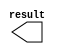
// megafunction wizard: %LPM_CONSTANT%VBB%
// GENERATION: STANDARD
// VERSION: WM1.0
// MODULE: LPM_CONSTANT 

// ============================================================
// Megafunction Name(s):
// 			LPM_CONSTANT
//
// Simulation Library Files(s):
// 			lpm
// ============================================================
// ************************************************************
// THIS IS A WIZARD-GENERATED FILE. DO NOT EDIT THIS FILE!
//
// 17.0.0 Build 595 04/25/2017 SJ Standard Edition
// ************************************************************

//Copyright (C) 2017  Intel Corporation. All rights reserved.
//Your use of Intel Corporation's design tools, logic functions 
//and other software and tools, and its AMPP partner logic 
//functions, and any output files from any of the foregoing 
//(including device programming or simulation files), and any 
//associated documentation or information are expressly subject 
//to the terms and conditions of the Intel Program License 
//Subscription Agreement, the Intel Quartus Prime License Agreement,
//the Intel MegaCore Function License Agreement, or other 
//applicable license agreement, including, without limitation, 
//that your use is for the sole purpose of programming logic 
//devices manufactured by Intel and sold by Intel or its 
//authorized distributors.  Please refer to the applicable 
//agreement for further details.

module Brick_top_leftX (
	result);

	output	[10:0]  result;

endmodule

// ============================================================
// CNX file retrieval info
// ============================================================
// Retrieval info: PRIVATE: INTENDED_DEVICE_FAMILY STRING "Cyclone V"
// Retrieval info: PRIVATE: JTAG_ENABLED NUMERIC "1"
// Retrieval info: PRIVATE: JTAG_ID STRING "BrLY"
// Retrieval info: PRIVATE: Radix NUMERIC "10"
// Retrieval info: PRIVATE: SYNTH_WRAPPER_GEN_POSTFIX STRING "0"
// Retrieval info: PRIVATE: Value NUMERIC "100"
// Retrieval info: PRIVATE: nBit NUMERIC "11"
// Retrieval info: PRIVATE: new_diagram STRING "1"
// Retrieval info: LIBRARY: lpm lpm.lpm_components.all
// Retrieval info: CONSTANT: LPM_CVALUE NUMERIC "100"
// Retrieval info: CONSTANT: LPM_HINT STRING "ENABLE_RUNTIME_MOD=YES, INSTANCE_NAME=BrLY"
// Retrieval info: CONSTANT: LPM_TYPE STRING "LPM_CONSTANT"
// Retrieval info: CONSTANT: LPM_WIDTH NUMERIC "11"
// Retrieval info: USED_PORT: result 0 0 11 0 OUTPUT NODEFVAL "result[10..0]"
// Retrieval info: CONNECT: result 0 0 11 0 @result 0 0 11 0
// Retrieval info: GEN_FILE: TYPE_NORMAL Brick_top_leftX.v TRUE
// Retrieval info: GEN_FILE: TYPE_NORMAL Brick_top_leftX.inc FALSE
// Retrieval info: GEN_FILE: TYPE_NORMAL Brick_top_leftX.cmp FALSE
// Retrieval info: GEN_FILE: TYPE_NORMAL Brick_top_leftX.bsf TRUE
// Retrieval info: GEN_FILE: TYPE_NORMAL Brick_top_leftX_inst.v FALSE
// Retrieval info: GEN_FILE: TYPE_NORMAL Brick_top_leftX_bb.v TRUE
// Retrieval info: LIB_FILE: lpm